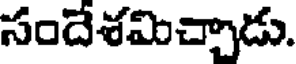
సందేశమిచ్చాడు.